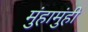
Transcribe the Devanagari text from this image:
मुंहामुंही